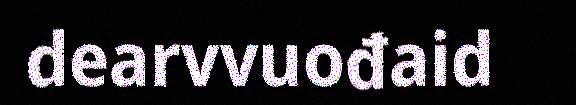
dearvvuođaid